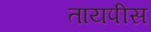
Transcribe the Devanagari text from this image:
तायपीस